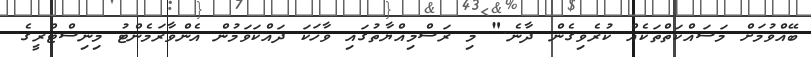
ބޭއްވުމަށް މަސައްކަތްތަކެއް ކުރެވިގެން ދާނެ." މި ރަސްމިއްޔާތުގައި ވާހަކަ ދައްކަވަމުން އެންވާރަމެންޓު މިނިސްޓްރީގެ